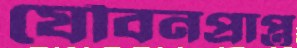
যৌবনপ্রাপ্ত